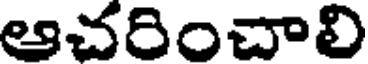
ఆచరించాలి